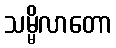
သမ္မိလာတော